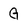
Character: G